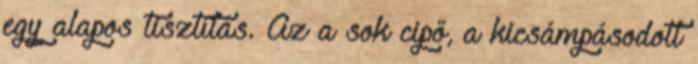
egy alapos tisztítás. Az a sok cipő, a kicsámpásodott